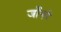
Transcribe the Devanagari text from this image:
जाँनरे